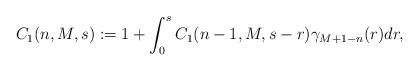
LaTeX: \begin{align*}C_{1}(n,M,s):=1+\int_{0}^{s}C_{1}(n-1,M,s-r)\gamma_{M+1-n}(r)dr,\end{align*}